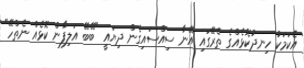
އެކަމަކު ހިނދުކޮޅެއްގެ ތެރޭގައި އޭނާ ސިއްސައިގެން ދިޔައީ "ބޭބޭ އަލިފާން ކޮޅެއް ނެތްހޭ"